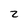
Character: z